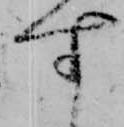
す